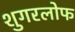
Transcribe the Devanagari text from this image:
शुगरलोफ